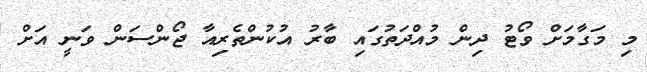
މި މަގާމަށް ވޯޓު ދިން މުއްދަތުގައި ބާރު އުކުންތެރިއާ ޖޯންސަން ވަނީ އަށް